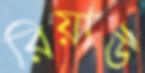
রিয়াউ